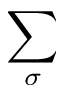
\sum _ { \sigma }